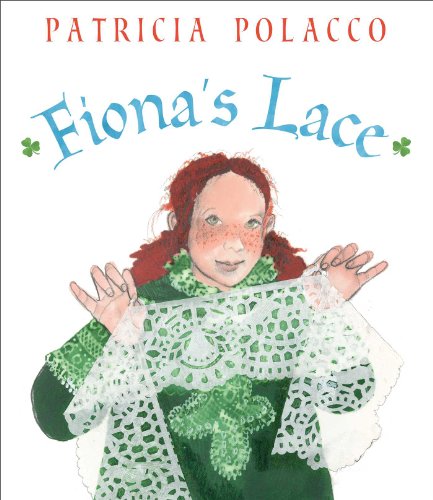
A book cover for Fiona's Lace; Patricia Polacco; Children's Books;